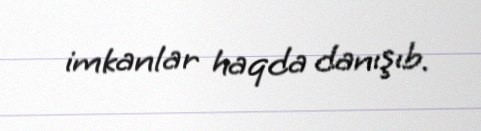
imkanlar haqda danışıb.